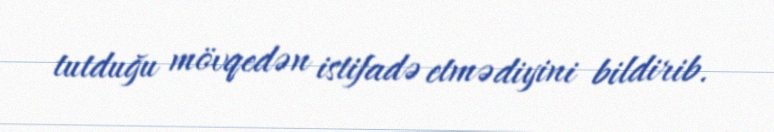
tutduğu mövqedən istifadə etmədiyini bildirib.